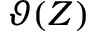
\vartheta ( Z )